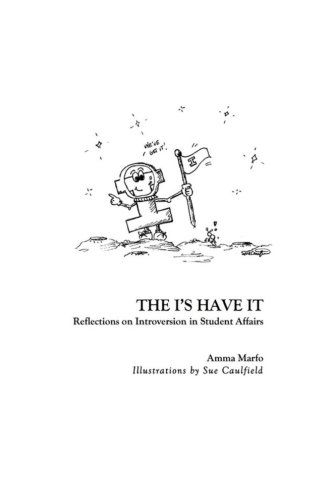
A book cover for The I's Have It: Reflections on Introversion in Student Affairs; Amma Marfo; Education & Teaching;